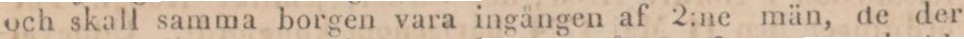
och skall samma borgen vara ingången af 2:ne män, de der